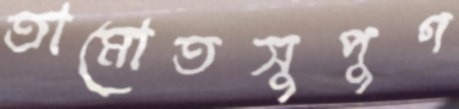
তামোতসুপুণ